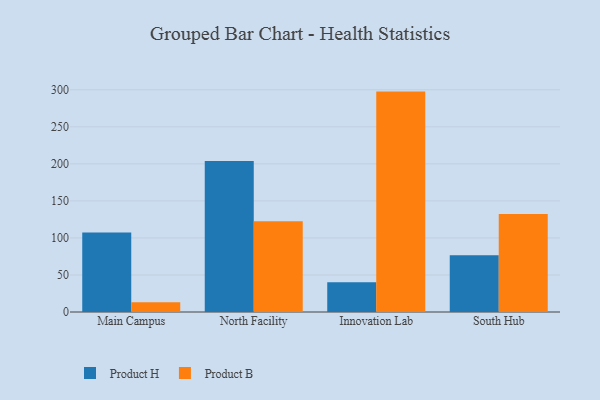
{"axis": {"x": "Campus", "y": "Market Share (%)"}, "legend": ["Product B", "Product H"], "data": [{"x": "Main Campus", "y": 107.2, "type": "Product H"}, {"x": "Main Campus", "y": 13.1, "type": "Product B"}, {"x": "North Facility", "y": 203.8, "type": "Product H"}, {"x": "North Facility", "y": 122.5, "type": "Product B"}, {"x": "Innovation Lab", "y": 40.1, "type": "Product H"}, {"x": "Innovation Lab", "y": 297.5, "type": "Product B"}, {"x": "South Hub", "y": 76.5, "type": "Product H"}, {"x": "South Hub", "y": 132.4, "type": "Product B"}]}